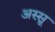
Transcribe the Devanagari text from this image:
अस्सू